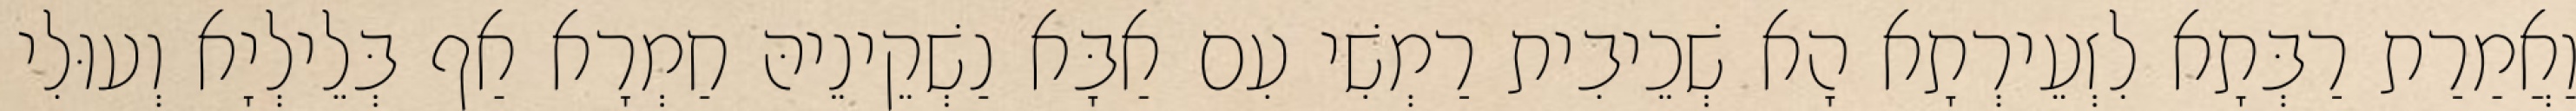
וַאֲמַרַת רַבְּתָא לִזְעֵירְתָא הָא שְׁכֵיבִית רַמְשִׁי עִם אַבָּא נַשְׁקֵינֵיהּ חַמְרָא אַף בְּלֵילְיָא וְעוּלִי